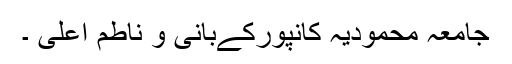
جامعہ محمودیہ کانپورکےبانی و ناطم اعلی ۔